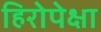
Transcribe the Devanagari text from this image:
हिरोपेक्षा